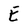
Character: E